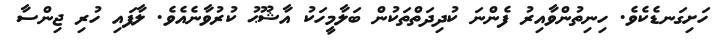
ހަށިގަނޑެކެވެ. ހިނިތުންވާއިރު ފެންނަ ކުދިދަތްތަކުން ބަލާމީހަކު އާޝޫޙު ކުރުވާނެއެވެ. ލާފައި ހުރި ޖިންސާ